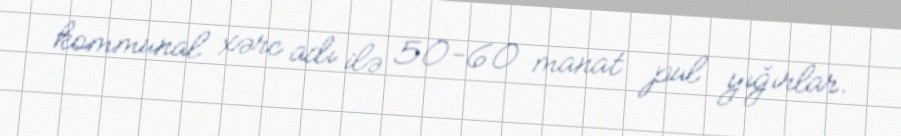
kommunal xərc adı ilə 50-60 manat pul yığırlar.